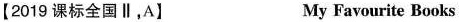
【2019 课标全国Ⅱ,A】 My Favourite Books